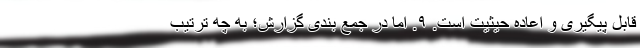
قابل پیگیری و اعاده حیثیت است. ٩. اما در جمع بندی گزارش؛ به چه ترتیب